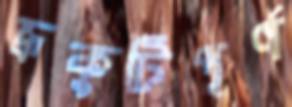
ভ্রূকুটিপূর্ণ